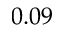
0 . 0 9